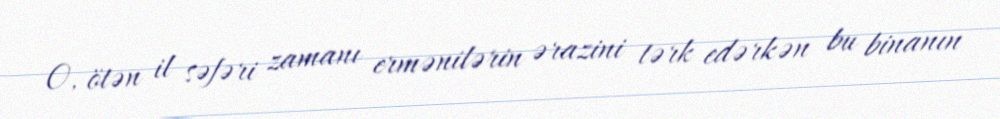
O, ötən il səfəri zamanı ermənilərin ərazini tərk edərkən bu binanın